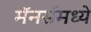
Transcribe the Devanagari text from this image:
मॅनर्समध्ये